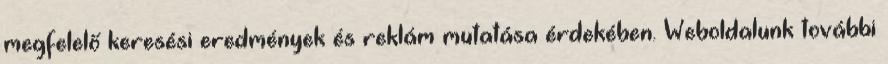
megfelelő keresési eredmények és reklám mutatása érdekében. Weboldalunk további